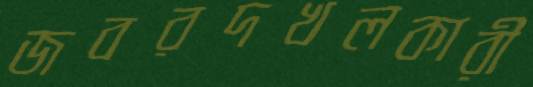
জবরদখলকারী